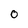
Character: 0